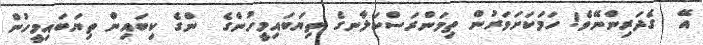
އޭ  ގެދަރިންނޭވެ! ހަމަކަށަވަރުން ތިމަންރަސްކަލާނގެ ތިޔަބައިމީހުންގެ  ންގެ ކިބައިން ތިޔަބައިމީހުން